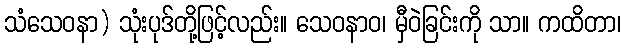
သံသေဝနာ) သုံးပုဒ်တို့ဖြင့်လည်း။ သေဝနာဝ၊ မှီဝဲခြင်းကို သာ။ ကထိတာ၊